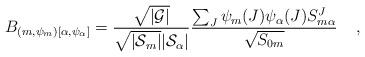
LaTeX: \begin{align*} B_{(m, \psi_m)[\alpha, \psi_\alpha]} = {\sqrt{|\cal G|} \over \sqrt{|{\cal S}_{m}|}|{\cal S}_{\alpha}|}{ \sum_J \psi_{m}(J) \psi_{\alpha}(J) {S}^J_{m\alpha} \over \sqrt{{S}_{0m}}} \;\;\;\; ,\end{align*}